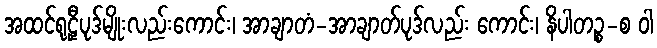
အထင်ရုဠှီပုဒ်မျိုးလည်းကောင်း၊ အာချာတံ-အာချာတ်ပုဒ်လည်း ကောင်း၊ နိပါတဉ္စ-စ ဝါ